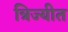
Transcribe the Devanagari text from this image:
त्रिज्यीत